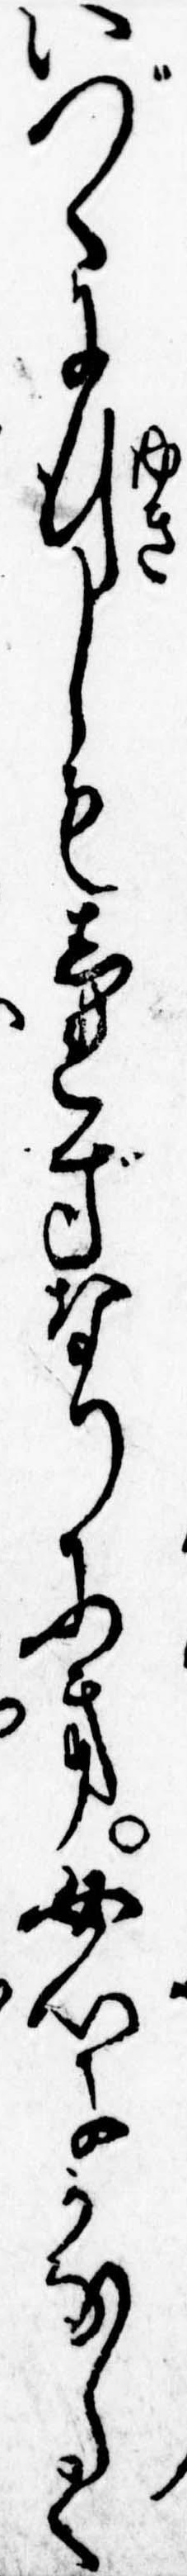
いづくに行しもしれずなりにき女心にかなしく